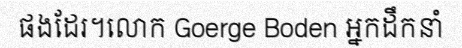
ផងដែរ។លោក Goerge Boden អ្នកដឹកនាំ